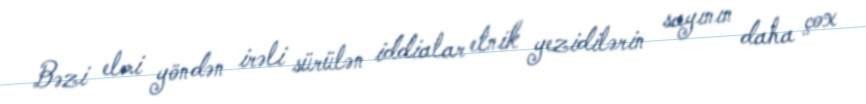
Bəzi elmi yöndən irəli sürülən iddialar etnik yezidilərin sayının daha çox